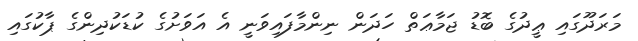
މަރަދޫގައި ޢީދުގެ ބޮޑު ޖަމާާޢަތް ހަދަން ނިންމާފައިވަނީ އެ އަވަށުގެ ކުޑަކުދިންގެ ޕާކުގައި